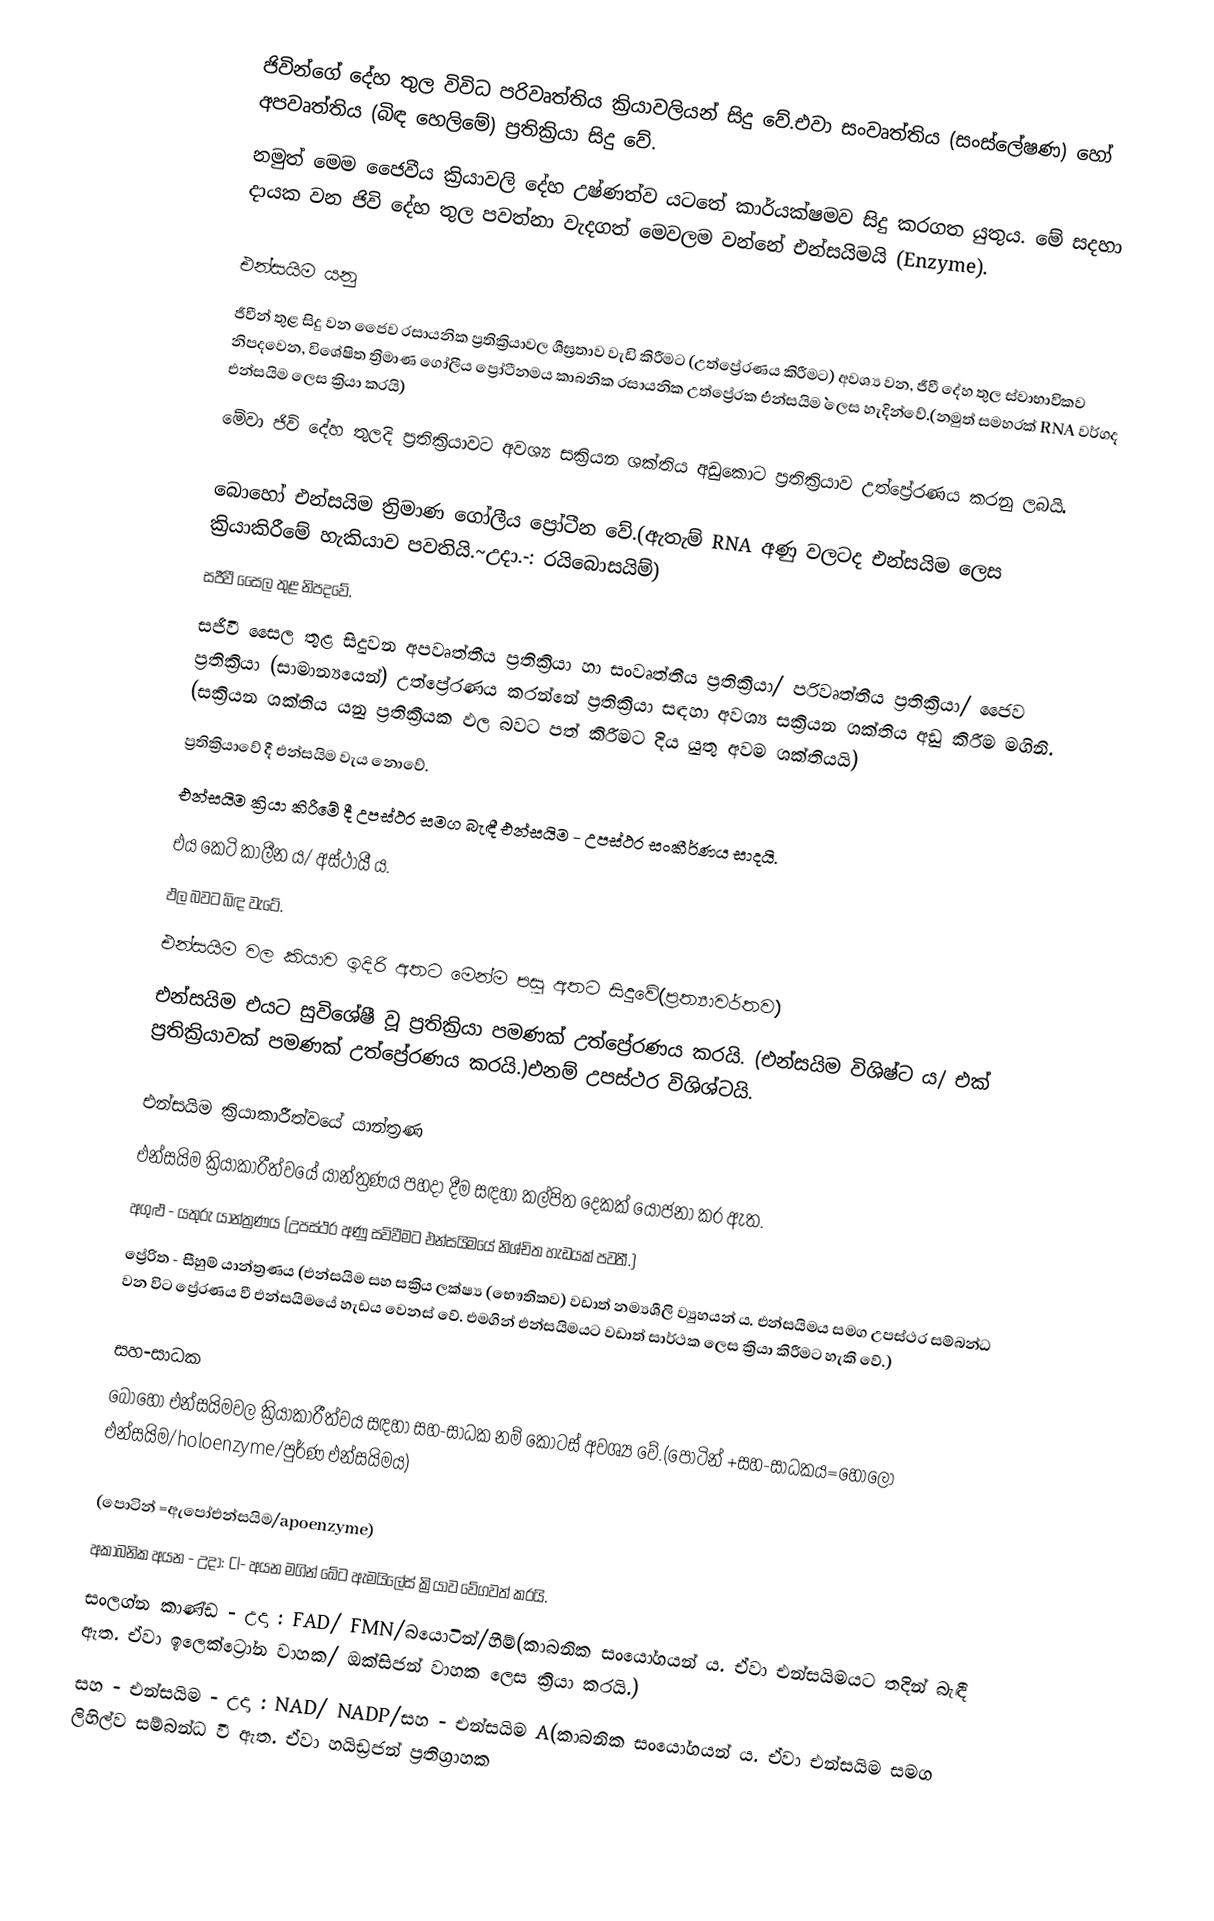
ජිවින්ගේ දේහ තුල විවිධ පරිවෘත්තිය ක්‍රියාවලියන් සිදු වේ.එවා සංවෘත්තිය (සංස්ලේෂණ) හෝ අපවෘත්තිය (බිඳ හෙලිමේ) ප්‍රතික්‍රියා සිදු වේ.
නමුත් මෙම ජෛවීය ක්‍රියාවලි දේහ උෂ්ණත්ව යටතේ කාර්යක්ෂමව සිදු කරගත යුතුය. මේ සදහා දායක වන ජිවි දේහ තුල පවත්නා වැදගත් මෙවලම වන්නේ එන්සයිමයි (Enzyme).

එන්සයිම යනු
ජීවීන් තුළ සිදු වන ජෛව රසායනික ප්‍රතික්‍රියාවල ශීඝ්‍රතාව වැඩි කිරීමට (උත්ප්‍රේරණය කිරීමට) අවශ්‍ය වන, ජීවී දේහ තුල ස්වාභාවිකව නිපදවෙන, විශේෂිත ත්‍රිමාණ ගෝලීය ප්‍රෝටීනමය කාබනික රසායනික උත්ප්‍රේරක ´´එන්සයිම`` ලෙස හැදින්වේ.(නමුත් සමහරක් RNA වර්ගද එන්සයිම ලෙස ක්‍රියා කරයි)
මේවා ජිවි දේහ තුලදි ප්‍රතික්‍රියාවට අවශ්‍ය සක්‍රියන ශක්තිය අඩුකොට ප්‍රතික්‍රියාව උත්ප්‍රේරණය කරනු ලබයි.

බොහෝ එන්සයිම  ත්‍රිමාණ ගෝලීය ප්‍රෝටීන වේ.(ඇතැම් RNA අණු වලටද එන්සයිම ලෙස ක්‍රියාකිරීමේ හැකියාව පවතියි.~උදා.-: රයිබොසයිම්)
සජීවී සෛල තුළ නිපදවේ.
සජීවී සෛල තුළ සිදුවන අපවෘත්තීය ප්‍රතික්‍රියා හා සංවෘත්තීය ප්‍රතික්‍රියා/  පරිවෘත්තීය ප්‍රතික්‍රියා/ ජෛව ප්‍රතික්‍රියා (සාමාන්‍යයෙන්) උත්ප්‍රේරණය කරන්නේ ප්‍රතික්‍රියා සඳහා අවශ්‍ය සක්‍රියන ශක්තිය අඩු කිරීම මගිනි. (සක්‍රියන ශක්තිය යනු ප්‍රතික්‍රීයක ඵල බවට පත් කිරීමට දිය යුතු අවම ශක්තියයි)
ප්‍රතික්‍රියාවේ දී එන්සයිම වැය නොවේ.
එන්සයිම ක්‍රියා කිරීමේ දී උපස්ථර සමග බැඳී එන්සයිම - උපස්ථර සංකීර්ණය සාදයි.
එය කෙටි කාලීන ය/ අස්ථායී ය.
ඵල බවට බිඳ වැටේ.
එන්සයිම වල කියාව ඉදිරි අතට මෙන්ම පසු අතට සිදුවේ(ප්‍රත්‍යාවර්තව)
එන්සයිම එයට සුවිශේෂී වූ ප්‍රතික්‍රියා පමණක් උත්ප්‍රේරණය කරයි. (එන්සයිම විශිෂ්ට ය/ එක් ප්‍රතික්‍රියාවක් පමණක් උත්ප්‍රේරණය කරයි.)එනම් උපස්ථර විශිශ්ටයි.

එන්සයිම ක්‍රියාකාරීත්වයේ යාන්ත්‍රණ
එන්සයිම ක්‍රියාකාරීත්වයේ යාන්ත්‍රණය පහදා දීම සඳහා කල්පිත දෙකක් යෝජනා කර ඇත.
අගුළු - යතුරු යාන්ත්‍රණය (උපස්ථර අණු සවිවීමට එන්සයිමයේ නිශ්චිත හැඩයක් පවතී.)
ප්‍රේරිත - සීහුම් යාන්ත්‍රණය (එන්සයිම සහ සක්‍රිය ලක්ෂ්‍ය (භෞතිකව) වඩාත් නම්‍යශීලි ව්‍යුහයන් ය. එන්සයිමය සමග උපස්ථර සම්බන්ධ වන විට ප්‍රේරණය වී එන්සයිමයේ හැඩය වෙනස් වේ. එමගින් එන්සයිමයට වඩාත් සාර්ථක ලෙස ක්‍රියා කිරීමට හැකි වේ.)

සහ-සාධක
බොහෝ එන්සයිමවල ක්‍රියාකාරීත්වය සඳහා සහ-සාධක නම් කොටස් අවශ්‍ය වේ.(පොටින් +සහ-සාධකය=හොලො එන්සයිම/holoenzyme/පුර්ණ එන්සයිමය)

(පොටින් =ඇපෝඑන්සයිම/apoenzyme)
 අකාබනික අයන - උදා: Cl- අයන මගින් ඛේට ඇමයිලේස් ක්‍රියාව වේගවත් කරයි.
 සංලග්න කාණ්ඩ - උදා : FAD/ FMN/බයොටින්/හීම්(කාබනික සංයෝගයන් ය. ඒවා එන්සයිමයට තදින් බැඳී ඇත. ඒවා ඉලෙක්ට්‍රෝන වාහක/ ඔක්සිජන් වාහක ලෙස ක්‍රියා කරයි.)
 සහ - එන්සයිම  - උදා : NAD/ NADP/සහ - එන්සයිම A(කාබනික සංයෝගයන් ය. ඒවා එන්සයිම සමග ලිහිල්ව සම්බන්ධ වී ඇත. ඒවා හයිඩ්‍රජන් ප්‍රතිග්‍රාහක